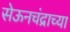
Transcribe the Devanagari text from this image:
सेऊनचंद्राच्या